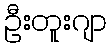
ဦးတူးဂျာ